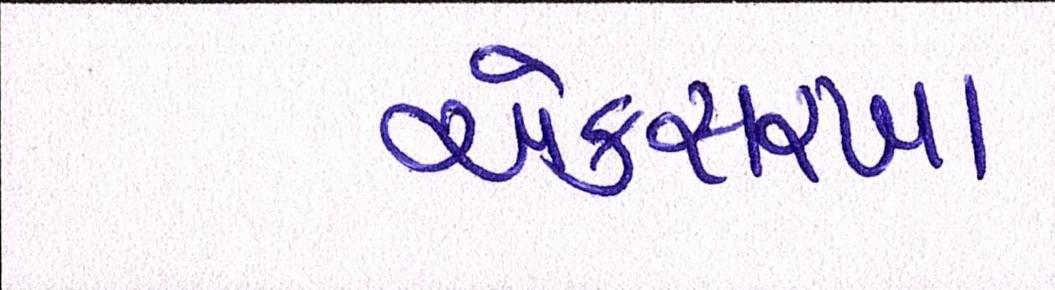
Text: એકસરખા